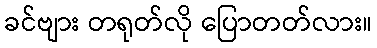
ခင်ဗျား တရုတ်လို ပြောတတ်လား။